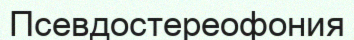
Псевдостереофония